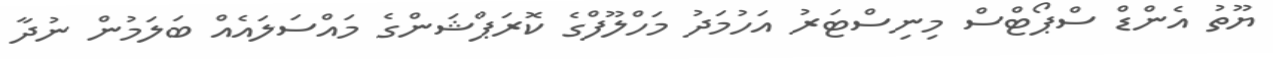
ޔޫތު އެންޑް ސްޕޯޓްސް މިނިސްޓަރު އަހުމަދު މަހްލޫފްގެ ކޮރަޕްޝަންގެ މައްސަލައެއް ބަލަމުން ނުދާ